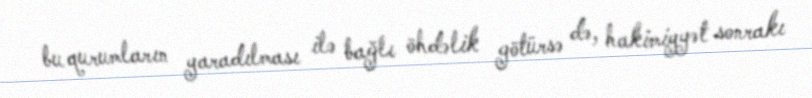
bu qurumların yaradılması ilə bağlı öhdəlik götürsə də, hakimiyyət sonrakı